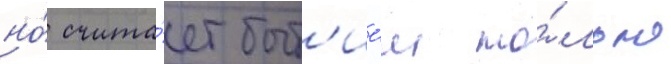
но́ счита́ет быт'ие́м то́лько